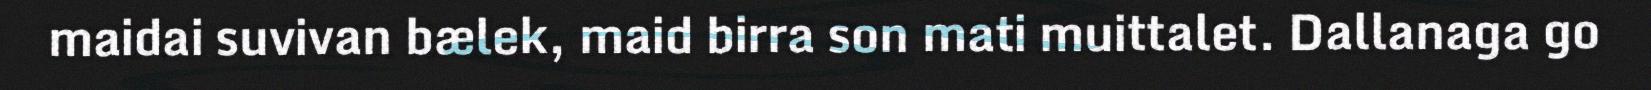
maidai suvivan bælek, maid birra son mati muittalet. Dallanaga go